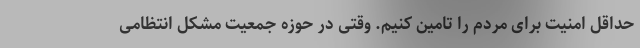
حداقل امنیت برای مردم را تامین کنیم. وقتی در حوزه جمعیت مشکل انتظامی